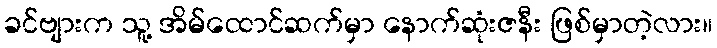
ခင်ဗျားက သူ့ အိမ်ထောင်ဆက်မှာ နောက်ဆုံးဇနီး ဖြစ်မှာတဲ့လား။